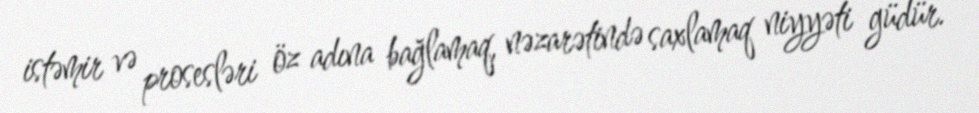
istəmir və prosesləri öz adına bağlamaq, nəzarətində saxlamaq niyyəti güdür.